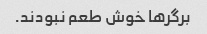
برگرها خوش طعم نبودند.